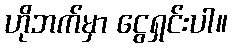
ဟိုဘက်မှာ ငွေရှင်းပါ။